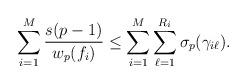
LaTeX: \begin{align*}\sum_{i=1}^M \frac {s(p-1)}{w_p(f_i)}\le \sum_{i=1}^M \sum_{\ell=1}^{R_i} \sigma_p(\gamma_{i\ell}).\end{align*}